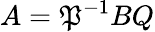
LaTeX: A=\mathfrak{P}^{-1}BQ